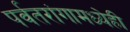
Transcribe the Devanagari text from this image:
पर्वतरांगामध्येही